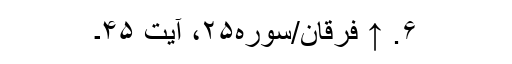
۶. ↑ فرقان/سوره۲۵، آیت ۴۵۔